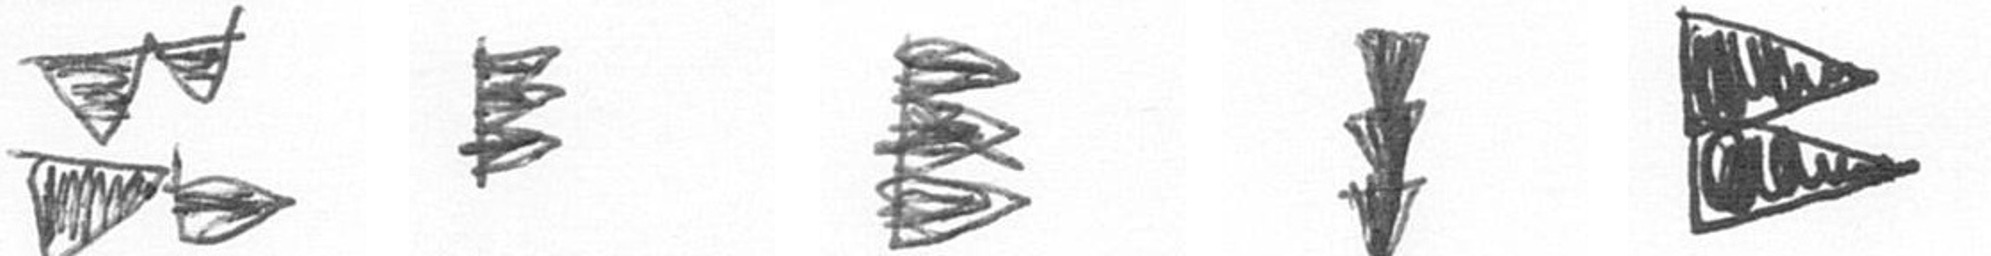
B H H E P